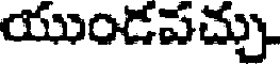
యుండపచ్చు